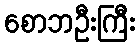
စောဘဦးကြီး